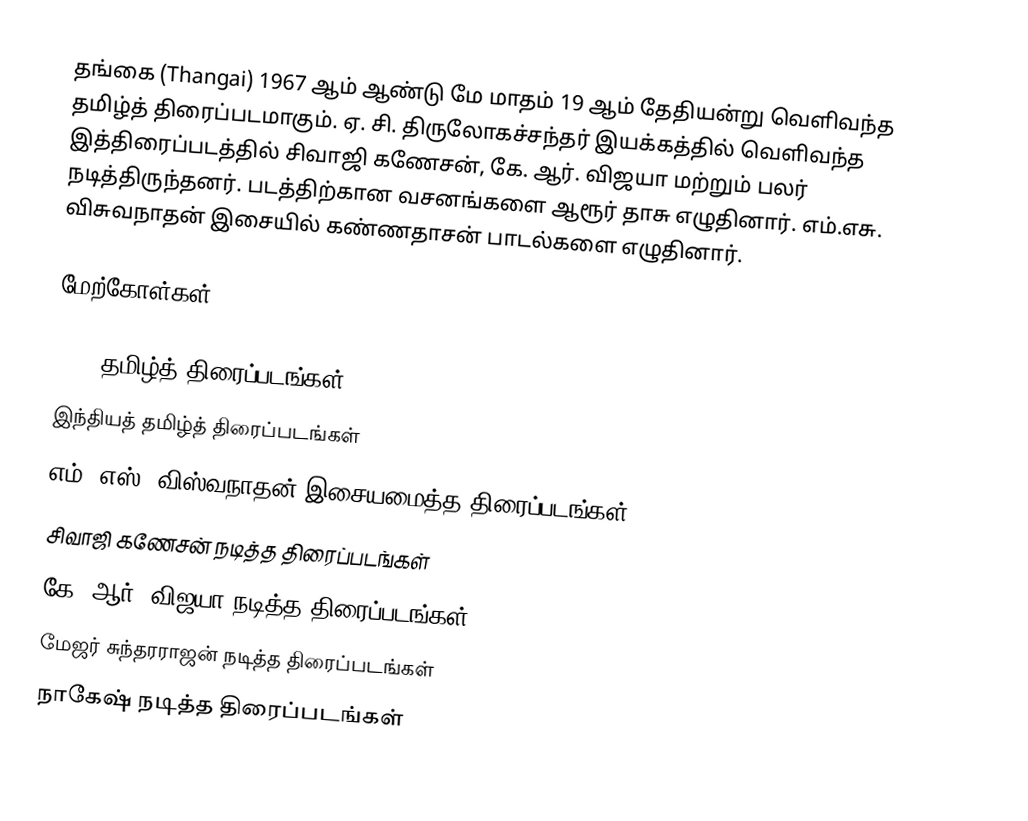
தங்கை (Thangai) 1967 ஆம் ஆண்டு மே மாதம் 19 ஆம் தேதியன்று வெளிவந்த தமிழ்த் திரைப்படமாகும். ஏ. சி. திருலோகச்சந்தர் இயக்கத்தில் வெளிவந்த இத்திரைப்படத்தில் சிவாஜி கணேசன், கே. ஆர். விஜயா மற்றும் பலர் நடித்திருந்தனர். படத்திற்கான வசனங்களை ஆரூர் தாசு எழுதினார். எம்.எசு. விசுவநாதன் இசையில் கண்ணதாசன் பாடல்களை எழுதினார்.

மேற்கோள்கள்

1967 தமிழ்த் திரைப்படங்கள்
இந்தியத் தமிழ்த் திரைப்படங்கள்
எம். எஸ். விஸ்வநாதன் இசையமைத்த திரைப்படங்கள்
சிவாஜி கணேசன் நடித்த திரைப்படங்கள்
கே. ஆர். விஜயா நடித்த திரைப்படங்கள்
மேஜர் சுந்தரராஜன் நடித்த திரைப்படங்கள்
நாகேஷ் நடித்த திரைப்படங்கள்